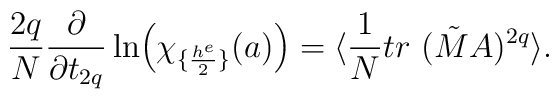
{2q\over N}{\partial\over \partial t_{2q}}\ln\Bigl(\chi_{\{{h^e\over 2}\}}(a)\Bigr)=\langle {1\over N} tr~(\tilde M A)^{2q} \rangle.